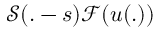
\mathcal { S } ( . - s ) \mathcal { F } ( u ( . ) )